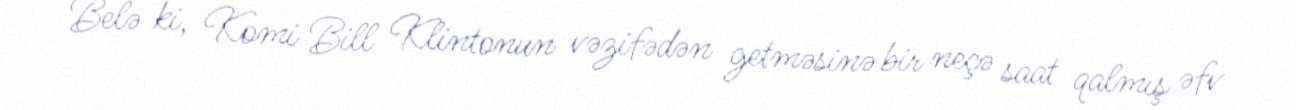
Belə ki, Komi Bill Klintonun vəzifədən getməsinə bir neçə saat qalmış əfv